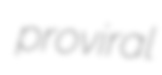
proviral